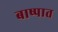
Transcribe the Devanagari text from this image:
बाष्पात